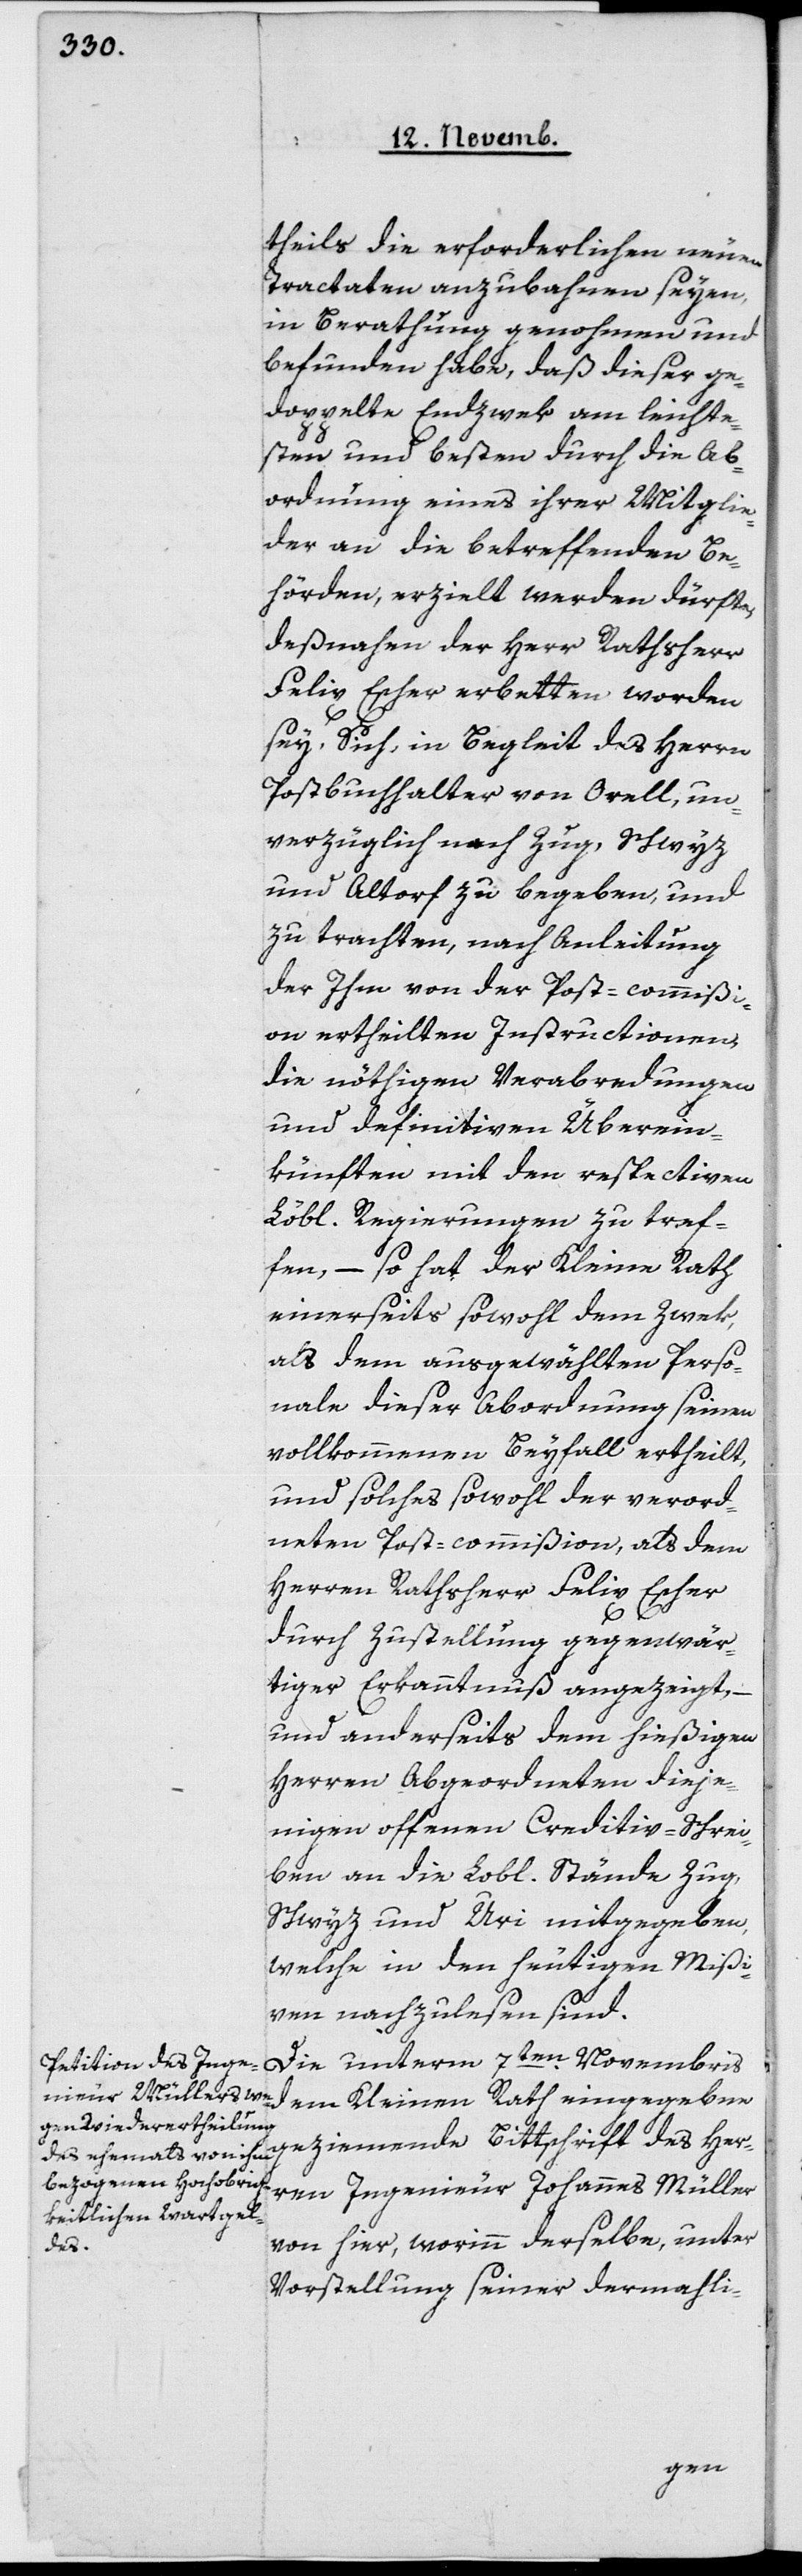
theils die erforderlichen neuen
Tractaten anzubahnen seyen,
in Berathung genohmen und
befunden habe, daß dieser ge¬
doppelte Endzwek am leichte¬
sten und besten durch die Ab¬
ordnung eines ihrer Mitglie¬
der an die betreffenden Be¬
hörden erzielt werden dürfte,
deßnahen der Herr Rathsherr
Felix Escher erbeten worden
sey, sich in Begleit des Herrn
Postbuchhalter von Orell, un¬
verzüglich nach Zug, Schwyz
und Altdorf zu begeben, und
zu trachten, nach Anleitung
der ihm von der Post-Commißi¬
on ertheilten Instructionen,
die nöthigen Verabredungen
und definitiven Überein¬
künften mit den respectiven
Löbl. Regierungen zu tref¬
fen, – so hat der Kleine Rath
einerseits sowohl dem Zwek,
als dem ausgewählten Perso¬
nale dieser Abordnung seinen
vollkommenen Beyfall ertheilt,
und solches sowohl der verord¬
neten Post-commißion als dem
Herren Rathsherr Felix Escher
durch Zustellung gegenwär¬
tiger Erkanntnuß angezeigt, –
und anderseits dem hießigen
Herren Abgeordneten dieje¬
nigen offenen Creditiv-Schrei¬
ben an die Lobl. Stände Zug,
Schwyz und Uri mitgegeben,
welche in den heutigen Mißi¬
ven nachzulesen sind.
Die unterm 7ten Novembris
dem Kleinen Rath eingegebene
geziemende Bittschrift des Her¬
ren Ingenieur Johannes Müller
von hier, worinn derselbe, unter
Vorstellung seiner dermahli-